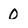
Character: 0